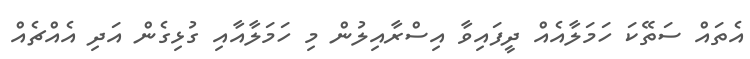
އެތައް ސަތޭކަ ހަމަލާއެއް ދީފައިވާ އިސްރާއިލުން މި ހަމަލާއާއި ގުޅިގެން އަދި އެއްޗެއް